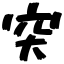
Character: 突